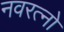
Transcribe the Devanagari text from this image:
नवरत्नो